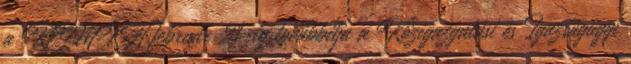
a KEMKH február 21-ig továbbítja a Közigazgatási és Igazságügyi